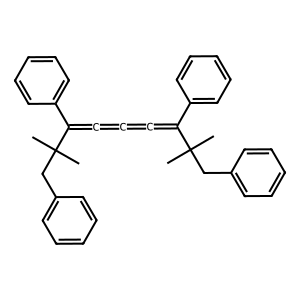
SMILES: CC(C)(Cc1ccccc1)C(=C=C=C=C(c1ccccc1)C(C)(C)Cc1ccccc1)c1ccccc1
Inhibits HIV replication: No